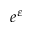
e ^ { \varepsilon }